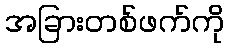
အခြားတစ်ဖက်ကို